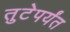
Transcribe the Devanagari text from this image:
तुटेपर्यंत